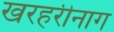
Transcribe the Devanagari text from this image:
खरहरीनाग